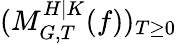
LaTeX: (M_{G,T}^{H|K}(f))_{T\geq 0}